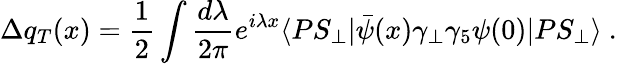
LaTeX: \Delta q_{T}(x)={\frac{1}{2}}\int{\frac{d\lambda}{2\pi}}e^{i\lambda x}\langle PS_{\perp}|\bar{\psi}(x)\gamma_{\perp}\gamma_{5}\psi(0)|PS_{\perp}\rangle\ .